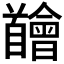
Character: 𩠴